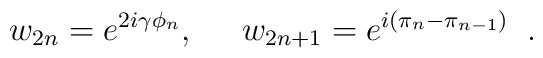
w_{2n} = e^{2i \gamma \phi_n}, \;\;\;\;\; w_{2n+1} = e^{i(\pi_n -\pi_{n-1})}  \;\; .